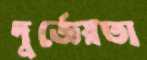
দুর্জ্ঞেয়তা